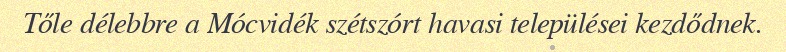
Tőle délebbre a Mócvidék szétszórt havasi települései kezdődnek.